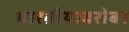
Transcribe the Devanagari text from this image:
भारतीयाबरोबर